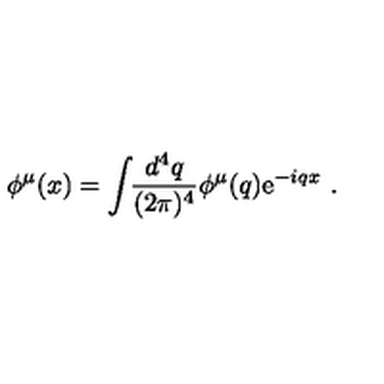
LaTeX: \phi ^ { \mu } ( x ) = \int \! \! { \frac { d ^ { 4 } q } { ( 2 \pi ) ^ { 4 } } } \phi ^ { \mu } ( q ) \mathrm { e } ^ { - i q x } \ .